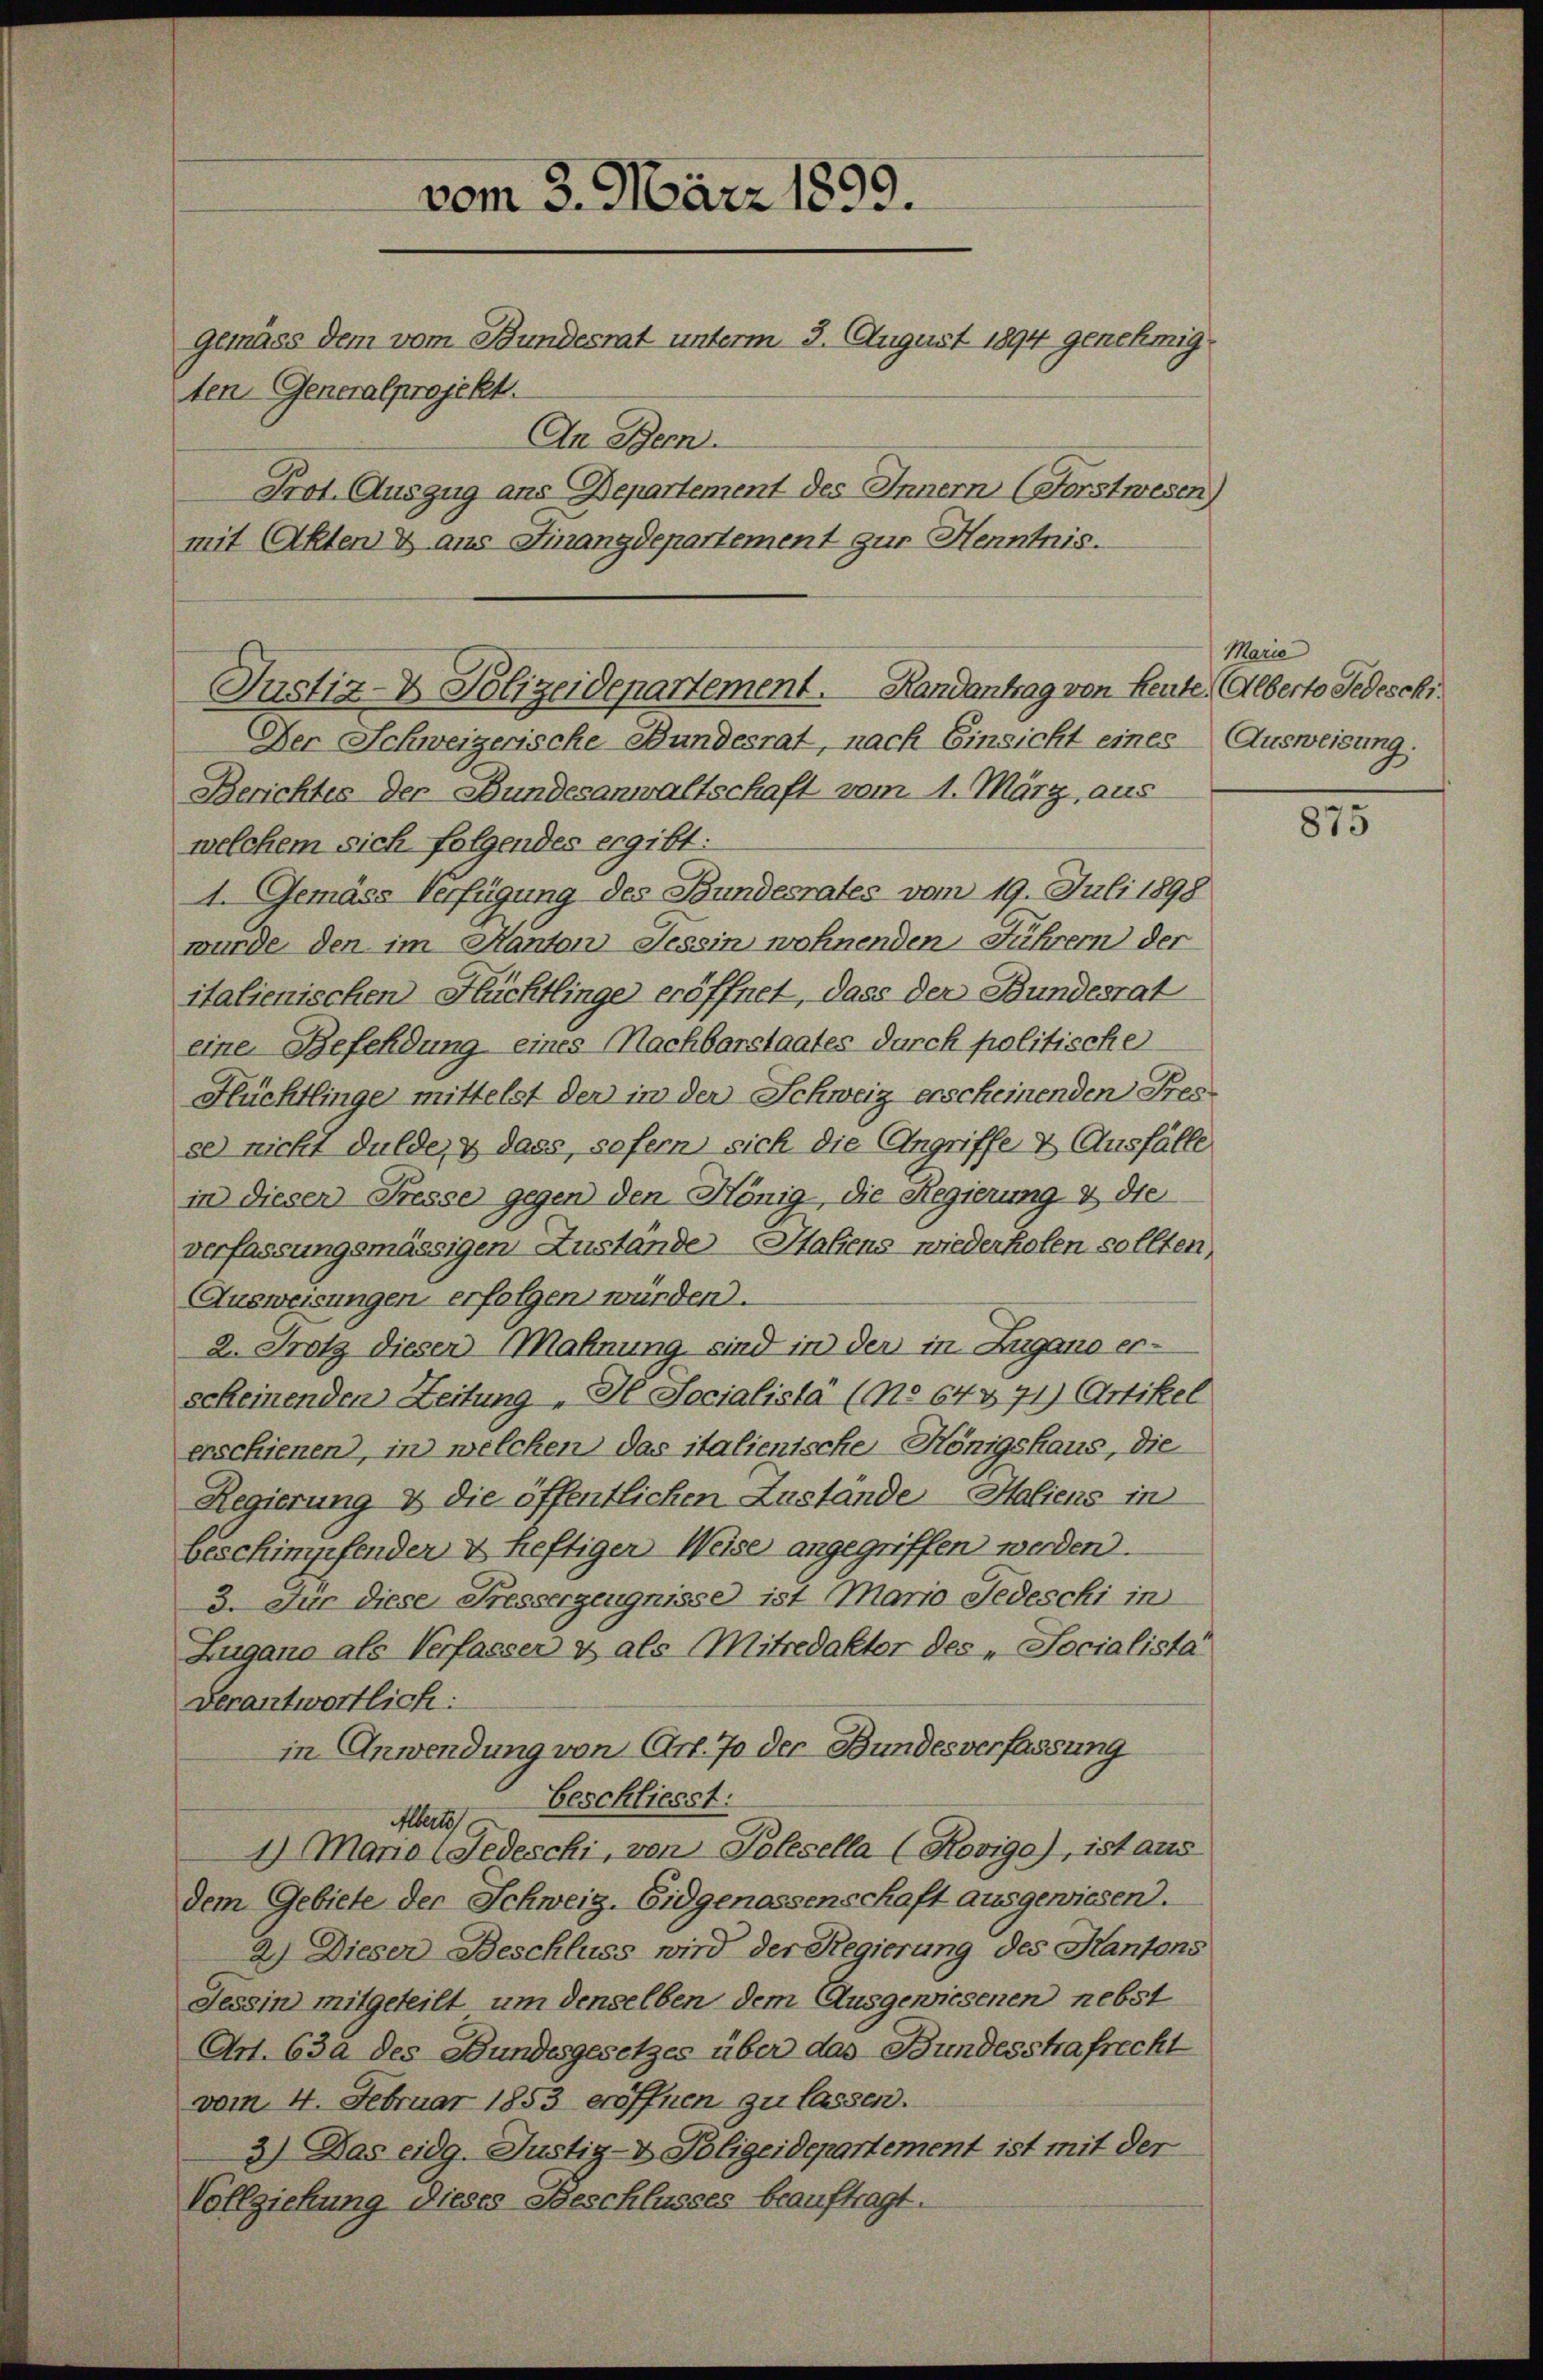
vom 3. März 1899.
gemäss dem vom Bundesrat unterm 3. August 1894 genehmigten Generalprojekt.
An Bern.
Prot. Auszug aus Departement des Innern (Forstwesen)
mit Akten & aus Finanzdepartement zur Henntnis.

Der Schweizerische Bundesrat, nach Einsicht eines Ausweisung.
Berichtes der Bundesanwaltschaft vom 1. März, aus
welchem sich folgendes ergibt:
A. Gemäss Verfügung des Bundesrates vom 19. Juli 1898
wurde den im Kanton Tessin wohnenden Führern der
italienischen Flüchtlinge eröffnet, dass der Bundesrat
eine Befeldung eines Nachbarstaates durch politische
Flüchtlinge mittelst der in der Schweiz erscheinenden Fresse nicht dulde, & dass, sofern sich die Angriffe & Ausfälle
in diesen Fresse gegen den Hönig, die Regierung & die
verfassungsmässigen Zustände Hafens wiederholen sollten,
Ausweisungen erfolgen würden.
2. Trotz dieser Mahnung, sind in der in Zugano er-
scheinenden Zeitung „ Hl. Socialista (No 643 471) Artikel
erschienen), in welchen das italienische Königshaus, die
Regierung & die öffentlichen Zustände Haliens in
beschimpfenden & heftigen Weise angegriffen werden.
3. Für diese Fresserzeugnisse ist Mario Jedeschi in
Zugano als Verfasser & als Mitredaktor des „Socialista
verantwortlich:
in Anwendung von Art. 70 der Bundesverfassung
beschliesst:
Alberts
1) Maria Jedeschi, von Polesella (Rovige), ist aus
dem Gebiete der Schweiz. Eidgenossenschaft ausgewiesend.
2) Dieser Beschluss wird der Regierung des Kantons
Tessin mitgeteilt um denselben dem Ausgewiesenen nebst
Art. 630 des Bundesgesetzes über das Bundesstrafrecht
vom 4. Februar 1853 eröffnen zu lassen.
3) Das eidg. Justiz- & Polizeidepartement ist mit der
Vollziehung dieses Beschlusses beauftragt.

Justiz- & Polizeidepartement. Handantrag von Leute, Alberto Jedeschr.

Marie

815